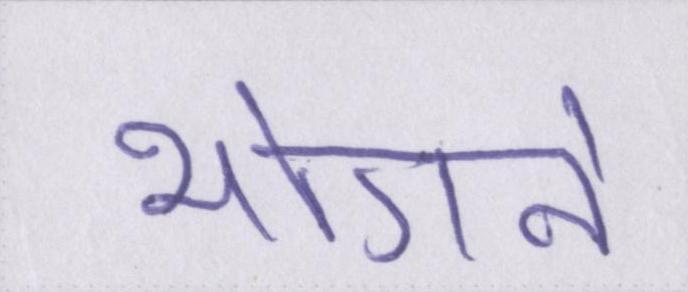
भोगने